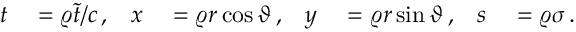
\begin{array} { r l r l r l r l } { t } & { { } = \varrho \tilde { t } / c \, , } & { x } & { { } = \varrho r \cos \vartheta \, , } & { y } & { { } = \varrho r \sin \vartheta \, , } & { s } & { { } = \varrho \sigma \, . } \end{array}